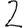
Digit: 2